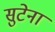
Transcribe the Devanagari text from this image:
सुटेना